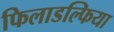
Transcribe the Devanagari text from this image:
फिलाडल्फिया